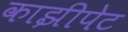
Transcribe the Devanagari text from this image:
काझीपेट